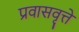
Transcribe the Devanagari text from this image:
प्रवासवृत्ते